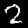
Digit: 2